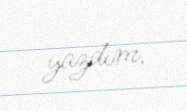
yazdım.